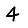
Digit: 4